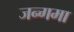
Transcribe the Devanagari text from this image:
जन्गमा